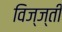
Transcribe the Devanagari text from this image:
विज्ज्ती